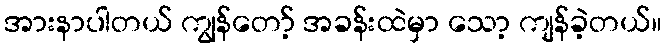
အားနာပါတယ် ကျွန်တော့် အခန်းထဲမှာ သော့ ကျန်ခဲ့တယ်။